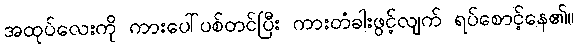
အထုပ်လေးကို ကားပေါ်ပစ်တင်ပြီး ကားတံခါးဖွင့်လျက် ရပ်စောင့်နေ၏။